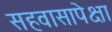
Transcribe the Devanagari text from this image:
सहवासापेक्षा